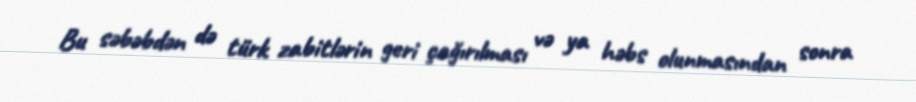
Bu səbəbdən də türk zabitlərin geri çağırılması və ya həbs olunmasından sonra